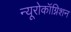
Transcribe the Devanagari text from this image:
न्यूरोकॉग्निशन